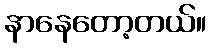
နာနေတော့တယ်။